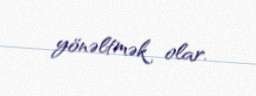
yönəltmək olar.